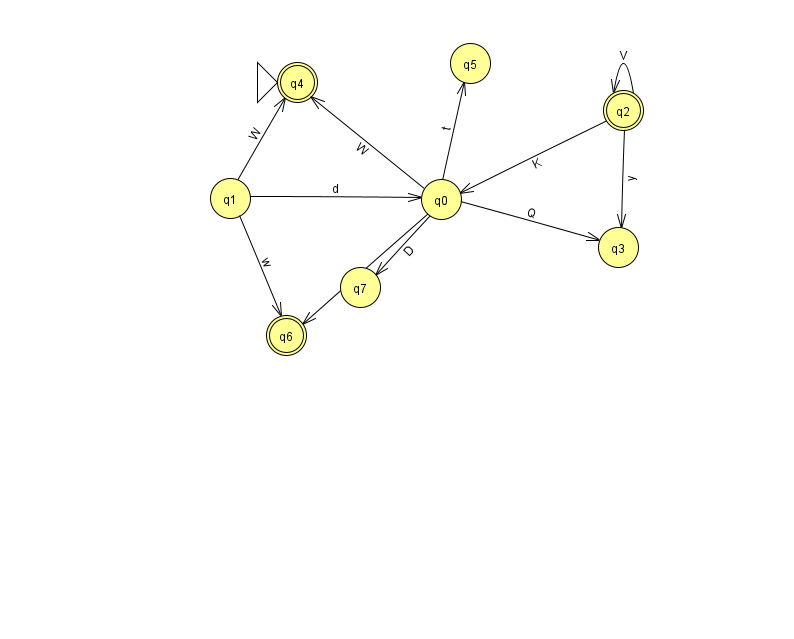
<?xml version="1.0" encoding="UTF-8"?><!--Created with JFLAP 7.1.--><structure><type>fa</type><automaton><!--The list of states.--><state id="0" name="q0"><x>441.0</x><y>186.0</y></state><state id="1" name="q1"><x>230.0</x><y>185.0</y></state><state id="2" name="q2"><x>623.0</x><y>97.0</y><final/></state><state id="3" name="q3"><x>618.0</x><y>234.0</y></state><state id="4" name="q4"><x>297.0</x><y>69.0</y><initial/><final/></state><state id="5" name="q5"><x>470.0</x><y>50.0</y></state><state id="6" name="q6"><x>286.0</x><y>322.0</y><final/></state><state id="7" name="q7"><x>360.0</x><y>274.0</y></state><!--The list of transitions.--><transition><from>0</from><to>5</to><read>t</read></transition><transition><from>0</from><to>7</to><read>D</read></transition><transition><from>1</from><to>4</to><read>W</read></transition><transition><from>2</from><to>3</to><read>y</read></transition><transition><from>2</from><to>2</to><read>V</read></transition><transition><from>1</from><to>0</to><read>d</read></transition><transition><from>2</from><to>0</to><read>K</read></transition><transition><from>0</from><to>4</to><read>W</read></transition><transition><from>0</from><to>3</to><read>Q</read></transition><transition><from>0</from><to>6</to><read>k</read></transition><transition><from>1</from><to>6</to><read>w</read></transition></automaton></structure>